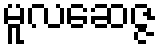
မူလဆေဇ္ဇ